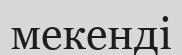
мекенді